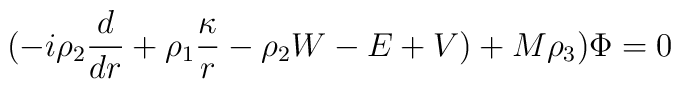
(-i\rho_2{d\over dr} +\rho_1{\kappa\over r}-\rho_2 W-E+V)+M\rho_3)\Phi=0